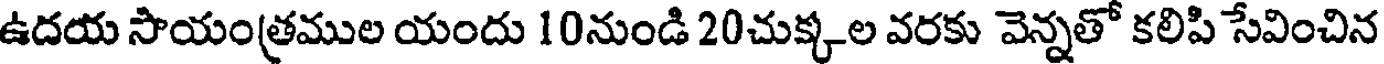
ఉదయ సాయంత్రముల యందు 10నుండి 20చుక్కల వరకు వెన్నతో కలిపి సేవించిన